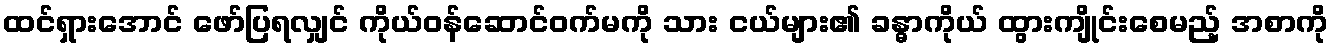
ထင်ရှားအောင် ဖော်ပြရလျှင် ကိုယ်ဝန်ဆောင်ဝက်မကို သား ငယ်များ၏ ခန္ဓာကိုယ် ထွားကျိုင်းစေမည့် အစာကို